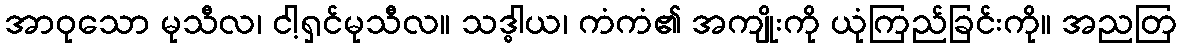
အာဝုသော မုသီလ၊ ငါ့ရှင်မုသီလ။ သဒ္ဓါယ၊ ကံကံ၏ အကျိုးကို ယုံကြည်ခြင်းကို။ အညတြ